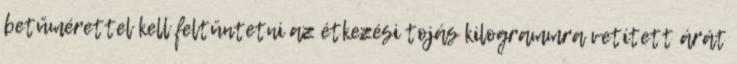
betűmérettel kell feltüntetni az étkezési tojás kilogrammra vetített árát